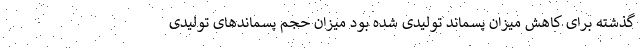
گذشته برای کاهش میزان پسماند تولیدی شده بود میزان حجم پسماندهای تولیدی